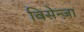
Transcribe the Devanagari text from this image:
विसेन्ज़ा